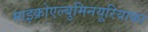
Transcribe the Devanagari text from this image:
माइक्रोएल्बुमिनयूरियाका